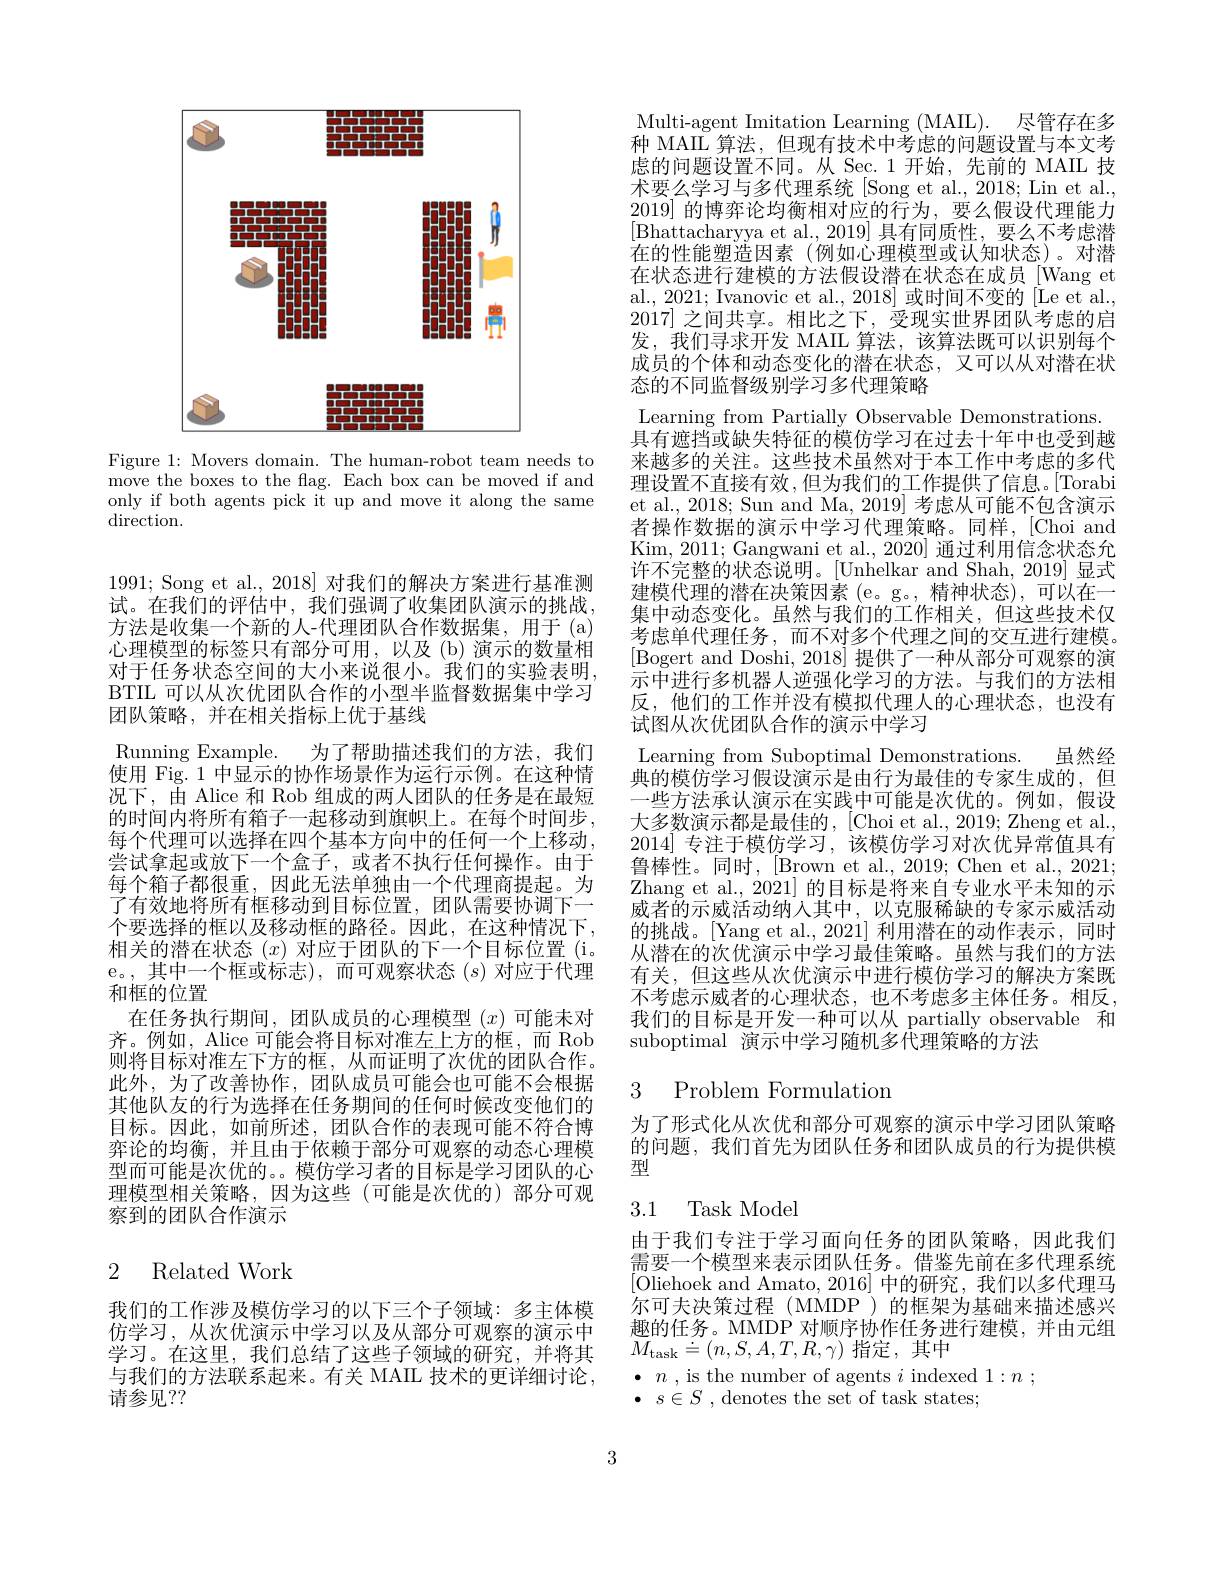
<FigureHere>

Figure 1: Movers domain. The human-robot team needs to $\bar{\text{move the boxes to the flag. Each box can be moved if and}}$ only if both agents pick it up and move it along the same $\operatorname{direction}.$

1991; Song et al., 2018] 对我们的解决方案进行基准测试。在我们的评估中，我们强调了收集团队演示的挑战， 方法是收集一个新的人-代理团队合作数据集，用于(a) 心理模型的标签只有部分可用，以及(b)演示的数量相对于任务状态空间的大小来说很小。我们的实验表明， BTIL 可以从次优团队合作的小型半监督数据集中学习团队策略，并在相关指标上优于基线
Running Example.
为了帮助描述我们的方法，我们
使用 Fig. 1 中显示的协作场景作为运行示例。在这种情况下，由 Alice 和 Rob 组成的两人团队的任务是在最短的时间内将所有箱子一起移动到旗帜上。在每个时间步， 每个代理可以选择在四个基本方向中的任何一个上移动， 尝试拿起或放下一个盒子，或者不执行任何操作。由于每个箱子都很重，因此无法单独由一个代理商提起。为了有效地将所有框移动到目标位置，团队需要协调下一个要选择的框以及移动框的路径。因此，在这种情况下， 相关的潜在状态$(x)$对应于团队的下一个目标位置(i. e。,其中一个框或标志),而可观察状态(s)对应于代理和框的位置
在任务执行期间，团队成员的心理模型(x)可能未对齐。例如，Alice 可能会将目标对准左上方的框，而 Rob 则将目标对准左下方的框，从而证明了次优的团队合作。此外，为了改善协作，团队成员可能会也可能不会根据其他队友的行为选择在任务期间的任何时候改变他们的目标。因此，如前所述，团队合作的表现可能不符合博弈论的均衡，并且由于依赖于部分可观察的动态心理模型而可能是次优的。。模仿学习者的目标是学习团队的心理模型相关策略，因为这些(可能是次优的)部分可观察到的团队合作演示

# 2 Related Work

我们的工作涉及模仿学习的以下三个子领域：多主体模仿学习，从次优演示中学习以及从部分可观察的演示中学习。在这里，我们总结了这些子领域的研究，并将其与我们的方法联系起来。有关 MAIL 技术的更详细讨论， 请参见？?

Multi-agent Imitation Learning (MAIL). 尽管存在多种 MAIL 算法，但现有技术中考虑的问题设置与本文考虑的问题设置不同。从 Sec.1 开始，先前的 MAIL 技术要么学习与多代理系统 [Song et al., 2018; Lin et al., 2019]的博弈论均衡相对应的行为，要么假设代理能力[Bhattacharyya et al.,2019] 具有同质性，要么不考虑潜在的性能塑造因素(例如心理模型或认知状态)。对潜在状态进行建模的方法假设潜在状态在成员[Wang et al., 2021; Ivanovic et al., 2018] 或时间不变的 [Le et al., 2017]之间共享。相比之下，受现实世界团队考虑的启发，我们寻求开发 MAIL 算法，该算法既可以识别每个成员的个体和动态变化的潜在状态，又可以从对潜在状态的不同监督级别学习多代理策略
Learning from Partially Observable Demonstrations. 具有遮挡或缺失特征的模仿学习在过去十年中也受到越来越多的关注。这些技术虽然对于本工作中考虑的多代理设置不直接有效，但为我们的工作提供了信息。|Torabi et al., 2018; Sun and Ma, 2019] 考虑从可能不包含演示者操作数据的演示中学习代理策略。同样，[Choi and Kim, 2011; Gangwani et al., 2020] 通过利用信念状态允许不完整的状态说明。[Unhelkar and Shah, 2019] 显式建模代理的潜在决策因素 (e。g。,精神状态),可以在一集中动态变化。虽然与我们的工作相关，但这些技术仅考虑单代理任务，而不对多个代理之间的交互进行建模。[Bogert and Doshi, 2018] 提供了一种从部分可观察的演示中进行多机器人逆强化学习的方法。与我们的方法相反，他们的工作并没有模拟代理人的心理状态，也没有试图从次优团队合作的演示中学习
Learning from Suboptimal Demonstrations. 虽然经典的模仿学习假设演示是由行为最佳的专家生成的，但一些方法承认演示在实践中可能是次优的。例如，假设大多数演示都是最佳的，[Choi et al., 2019; Zheng et al., 2014]专注于模仿学习，该模仿学习对次优异常值具有鲁棒性。同时，[Brown et al., 2019; Chen et al., 2021; Zhang et al., 2021] 的目标是将来自专业水平未知的示威者的示威活动纳人其中，以克服稀缺的专家示威活动的挑战。[Yang et al.,2021] 利用潜在的动作表示，同时从潜在的次优演示中学习最佳策略。虽然与我们的方法有关，但这些从次优演示中进行模仿学习的解决方案既不考虑示威者的心理状态，也不考虑多主体任务。相反， 我们的目标是开发一种可以从 partially observable 和suboptimal 演示中学习随机多代理策略的方法

### 3 Problem Formulation

为了形式化从次优和部分可观察的演示中学习团队策略的问题，我们首先为团队任务和团队成员的行为提供模型

# 3.1 Task Model

由于我们专注于学习面向任务的团队策略，因此我们需要一个模型来表示团队任务。借鉴先前在多代理系统[Oliehoek and Amato, 2016] 中的研究，我们以多代理马尔可夫决策过程(MMDP)的框架为基础来描述感兴趣的任务。MMDP 对顺序协作任务进行建模，并由元组$M_{\mathrm{task}}\doteq(n,S,A,T,R,\gamma)$指定，其中

$\bullet$ $n$ , is the number of agents $i$ indexed $1: n$ ;

$\bullet$ $s\in S$ ,denotes the set of task states;

3